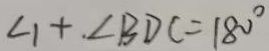
\angle 1 + \angle B D C = 1 8 0 ^ { \circ }